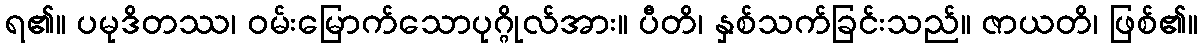
ရ၏။ ပမုဒိတဿ၊ ဝမ်းမြောက်သောပုဂ္ဂိုလ်အား။ ပီတိ၊ နှစ်သက်ခြင်းသည်။ ဇာယတိ၊ ဖြစ်၏။